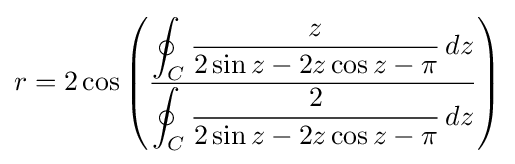
r=2\cos \left({\frac {\displaystyle \oint _{C}{\frac {z}{2\sin z-2z\cos z-\pi }}\,dz}{\displaystyle \oint _{C}{\frac {2}{2\sin z-2z\cos z-\pi }}\,dz}}\right)